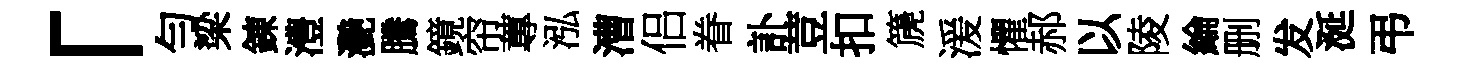
「勻梁錬澧灧騰鏡帘蓴泓漕侣眷訃荳扣篪湲懼郝以陵綸删发涎弔